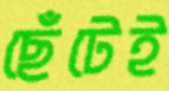
ছেঁটেই